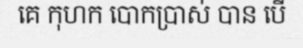
គេ កុហក បោកប្រាស់ បាន បើ